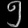
Digit: ၅